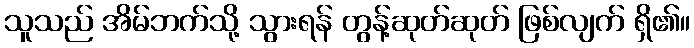
သူသည် အိမ်ဘက်သို့ သွားရန် တွန့်ဆုတ်ဆုတ် ဖြစ်လျက် ရှိ၏။